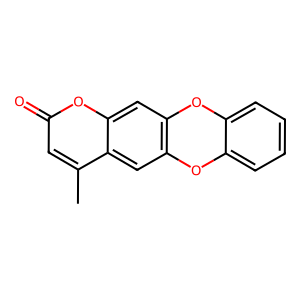
SMILES: Cc1cc(=O)oc2cc3c(cc12)Oc1ccccc1O3
Inhibits HIV replication: No